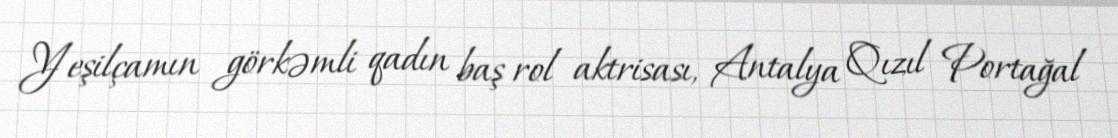
Yeşilçamın görkəmli qadın baş rol aktrisası, Antalya Qızıl Portağal